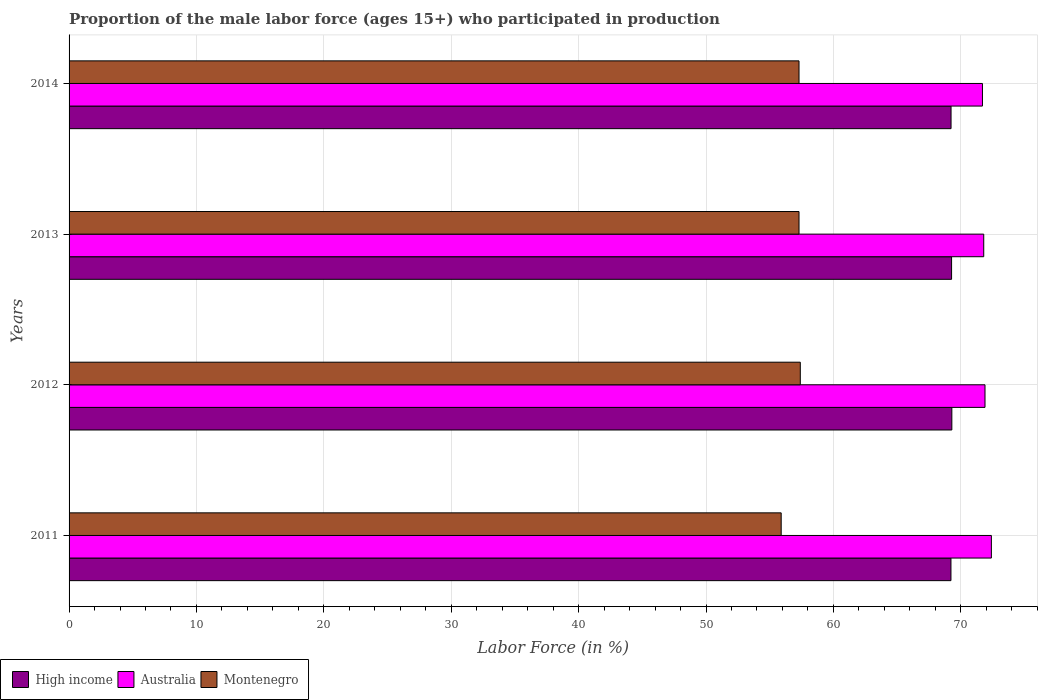
| Years | High income | Australia | Montenegro |
 | --- | --- | --- | --- |
 | 2011 | 69.2 | 72.4 | 55.9 |
 | 2012 | 69.3 | 71.9 | 57.4 |
 | 2013 | 69.3 | 71.8 | 57.3 |
 | 2014 | 69.2 | 71.7 | 57.3 |